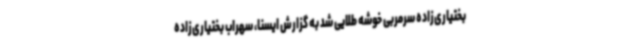
بختیاری‌زاده سرمربی خوشه طلایی شد به گزارش ایسنا، سهراب بختیاری‌زاده